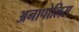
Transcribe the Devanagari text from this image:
अनापोलिस